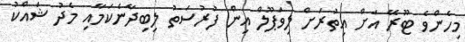
މިހެންވެ ޓޫރޭ އަށް އިތުރަށް ލިވަޕޫލް އިން ފުރުސަތު ލިބިދާނެކަމާއި މެދު ޝައްކު